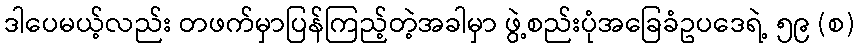
ဒါပေမယ့်လည်း တဖက်မှာပြန်ကြည့်တဲ့အခါမှာ ဖွဲ့စည်းပုံအခြေခံဥပဒေရဲ့ ၅၉ (စ)